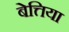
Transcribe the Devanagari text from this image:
बेत्तिया